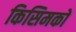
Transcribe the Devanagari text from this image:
किसिमको